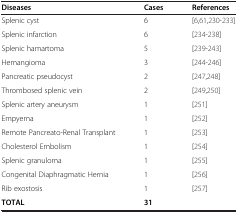
| Diseases | Cases | References |
 | --- | --- | --- |
 | Splenic cyst | 6 | [6,61,230-233] |
 | Splenic infarction | 6 | [234-238] |
 | Splenic hamartoma | 5 | [239-243] |
 | Hemangioma | 3 | [244-246] |
 | Pancreatic pseudocyst | 2 | [247,248] |
 | Thrombosed splenic vein | 2 | [249,250] |
 | Splenic artery aneurysm | 1 | [251] |
 | Empyema | 1 | [252] |
 | Remote Pancreato-Renal Transplant | 1 | [253] |
 | Cholesterol Embolism | 1 | [254] |
 | Splenic granuloma | 1 | [255] |
 | Congenital Diaphragmatic Hernia | 1 | [256] |
 | Rib exostosis | 1 | [257] |
 | TOTAL | 31 |  |